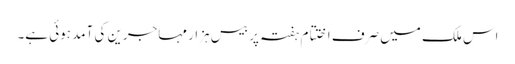
اس ملک میں صرف اختتام ہفتہ پر بیس ہزار مہاجرین کی آمد ہوئی ہے۔